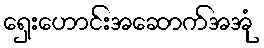
ရှေးဟောင်းအဆောက်အအုံ